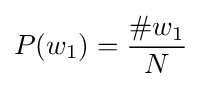
P(w_{1})={\frac {\#w_{1}}{N}}